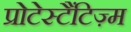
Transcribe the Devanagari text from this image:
प्रोटेस्टैंटिज़्म